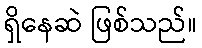
ရှိနေဆဲ ဖြစ်သည်။